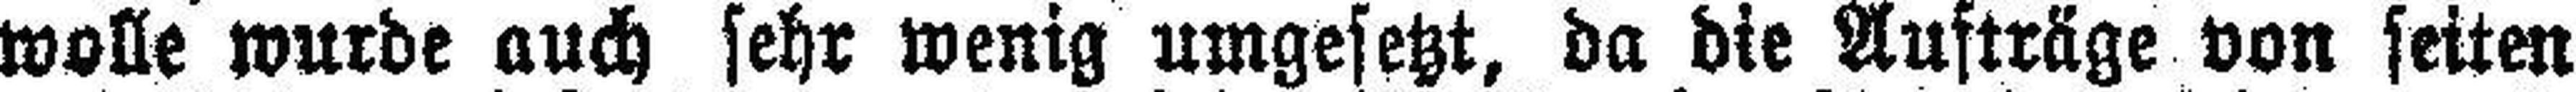
wolle wurde auch sehr wenig umgesetzt, da die Aufträge von seiten